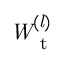
\it { W _ { \mathrm { ~ t ~ } } ^ { ( l ) } }